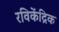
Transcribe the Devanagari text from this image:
रविकेंद्रिक